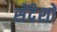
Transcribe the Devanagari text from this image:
सेंदेशों